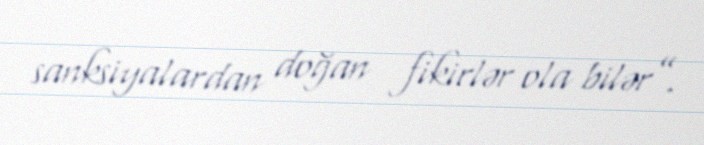
sanksiyalardan doğan fikirlər ola bilər”.